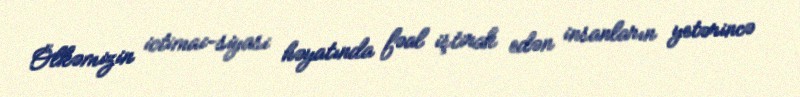
Ölkəmizin ictimai-siyasi həyatında fəal iştirak edən insanların yetərincə